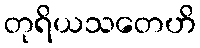
တုရိယသတေဟိ